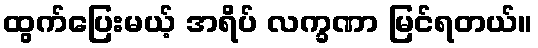
ထွက်ပြေးမယ့် အရိပ် လက္ခဏာ မြင်ရတယ်။